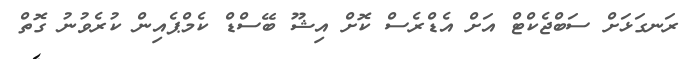
ރަނގަޅަށް ސަބްޖެކްޓް އަށް އެޑްރެސް ކޮށް އިޝޫ ބޭސްޑް ކެމްޕެއިން ކުރެވުނު ގޮތް